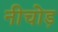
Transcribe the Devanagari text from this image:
नीचोड़